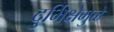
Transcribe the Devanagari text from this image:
दुर्भिक्षेमुळे